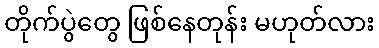
တိုက်ပွဲတွေ ဖြစ်နေတုန်း မဟုတ်လား